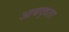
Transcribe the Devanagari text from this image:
आबद्धता